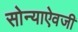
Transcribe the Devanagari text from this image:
सोन्याऐवजी